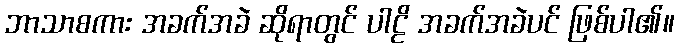
ဘာသာစကား အခက်အခဲ ဆိုရာတွင် ပါဠိ အခက်အခဲပင် ဖြစ်ပါ၏။